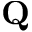
\mathbf { Q }